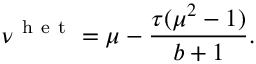
\nu ^ { \mathrm { ~ h ~ e ~ t ~ } } = \mu - \frac { \tau ( \mu ^ { 2 } - 1 ) } { b + 1 } .